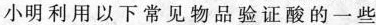
小明利用以下常见物品验证酸的一些